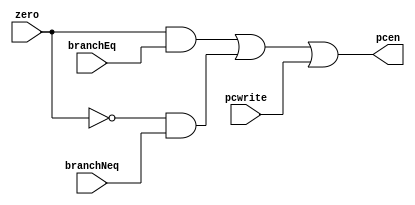
module nextPCLogic(zero, branchEq, branchNeq, pcwrite, pcen);
input zero, branchEq, branchNeq, pcwrite;
output pcen;

assign pcen = (zero & branchEq) | (~zero & branchNeq) | pcwrite;

endmodule